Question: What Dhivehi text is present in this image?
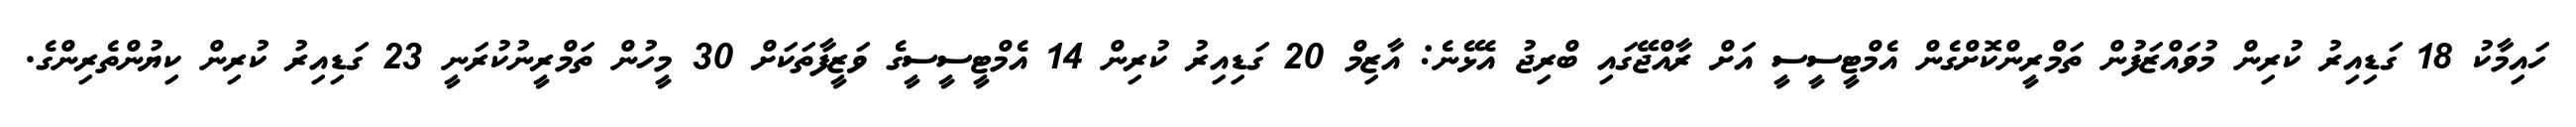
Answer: ހައިމާކު 18 ގަޑިއިރު ކުރިން މުވައްޒަފުން ތަމްރީންކޮށްގެން އެމްޓީސީސީ އަށް ރާއްޖޭގައި ބްރިޖު އެޅޭނެ: އާޒިމް 20 ގަޑިއިރު ކުރިން 14 އެމްޓީސީސީގެ ވަޒީފާތަކަށް 30 މީހުން ތަމްރީނުކުރަނީ 23 ގަޑިއިރު ކުރިން ކިޔުންތެރިންގެ.